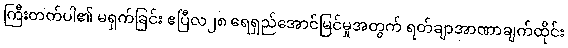
ကြီးတတ်ပါ၏ မရှက်ခြင်း ဧပြီလ၂၈ ရေရှည်အောင်မြင်မှုအတွက် ရတ်ချာအာဏာချက်ထိုင်း